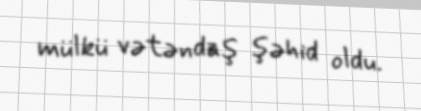
mülkü vətəndaş şəhid oldu.